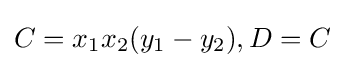
C=x_{1}x_{2}(y_{1}-y_{2}),D=C